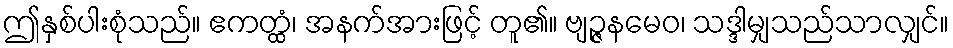
ဤနှစ်ပါးစုံသည်။ ဧကတ္ထံ၊ အနက်အားဖြင့် တူ၏။ ဗျဉ္ဇနမေဝ၊ သဒ္ဒါမျှသည်သာလျှင်။